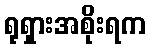
ရုရှားအစိုးရက